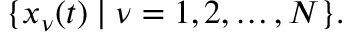
\{ \boldsymbol { x } _ { \nu } ( t ) \mid \nu = 1 , 2 , \ldots , N \} .